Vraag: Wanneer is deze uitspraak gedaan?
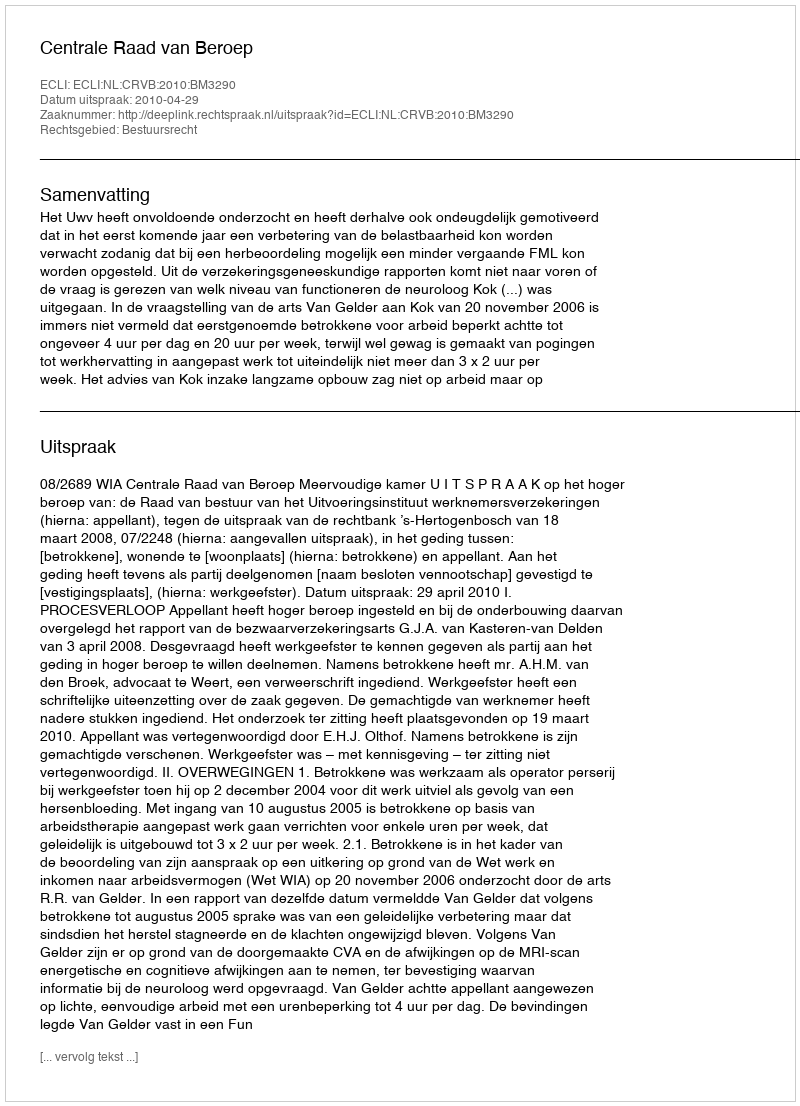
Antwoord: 2010-04-29